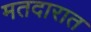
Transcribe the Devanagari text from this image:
मतदारात